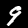
Digit: 9